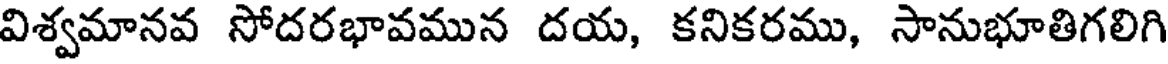
విశ్వమానవ సోదరభావమున దయ, కనికరము, సానుభూతిగలిగి